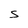
Character: S